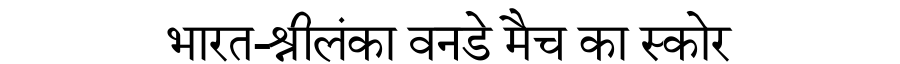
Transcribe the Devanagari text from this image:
भारत-श्रीलंका वनडे मैच का स्कोर